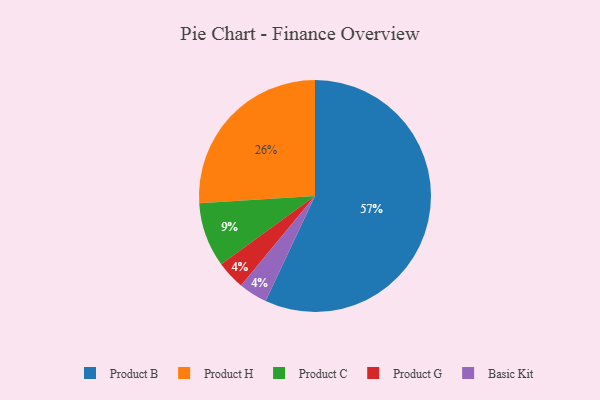
{"axis": {"x": "Category", "y": "Percentage"}, "legend": ["Basic Kit", "Product B", "Product C", "Product G", "Product H"], "data": [{"x": "Product B", "y": 57, "type": "Product B"}, {"x": "Product G", "y": 4, "type": "Product G"}, {"x": "Product C", "y": 9, "type": "Product C"}, {"x": "Basic Kit", "y": 4, "type": "Basic Kit"}, {"x": "Product H", "y": 26, "type": "Product H"}]}